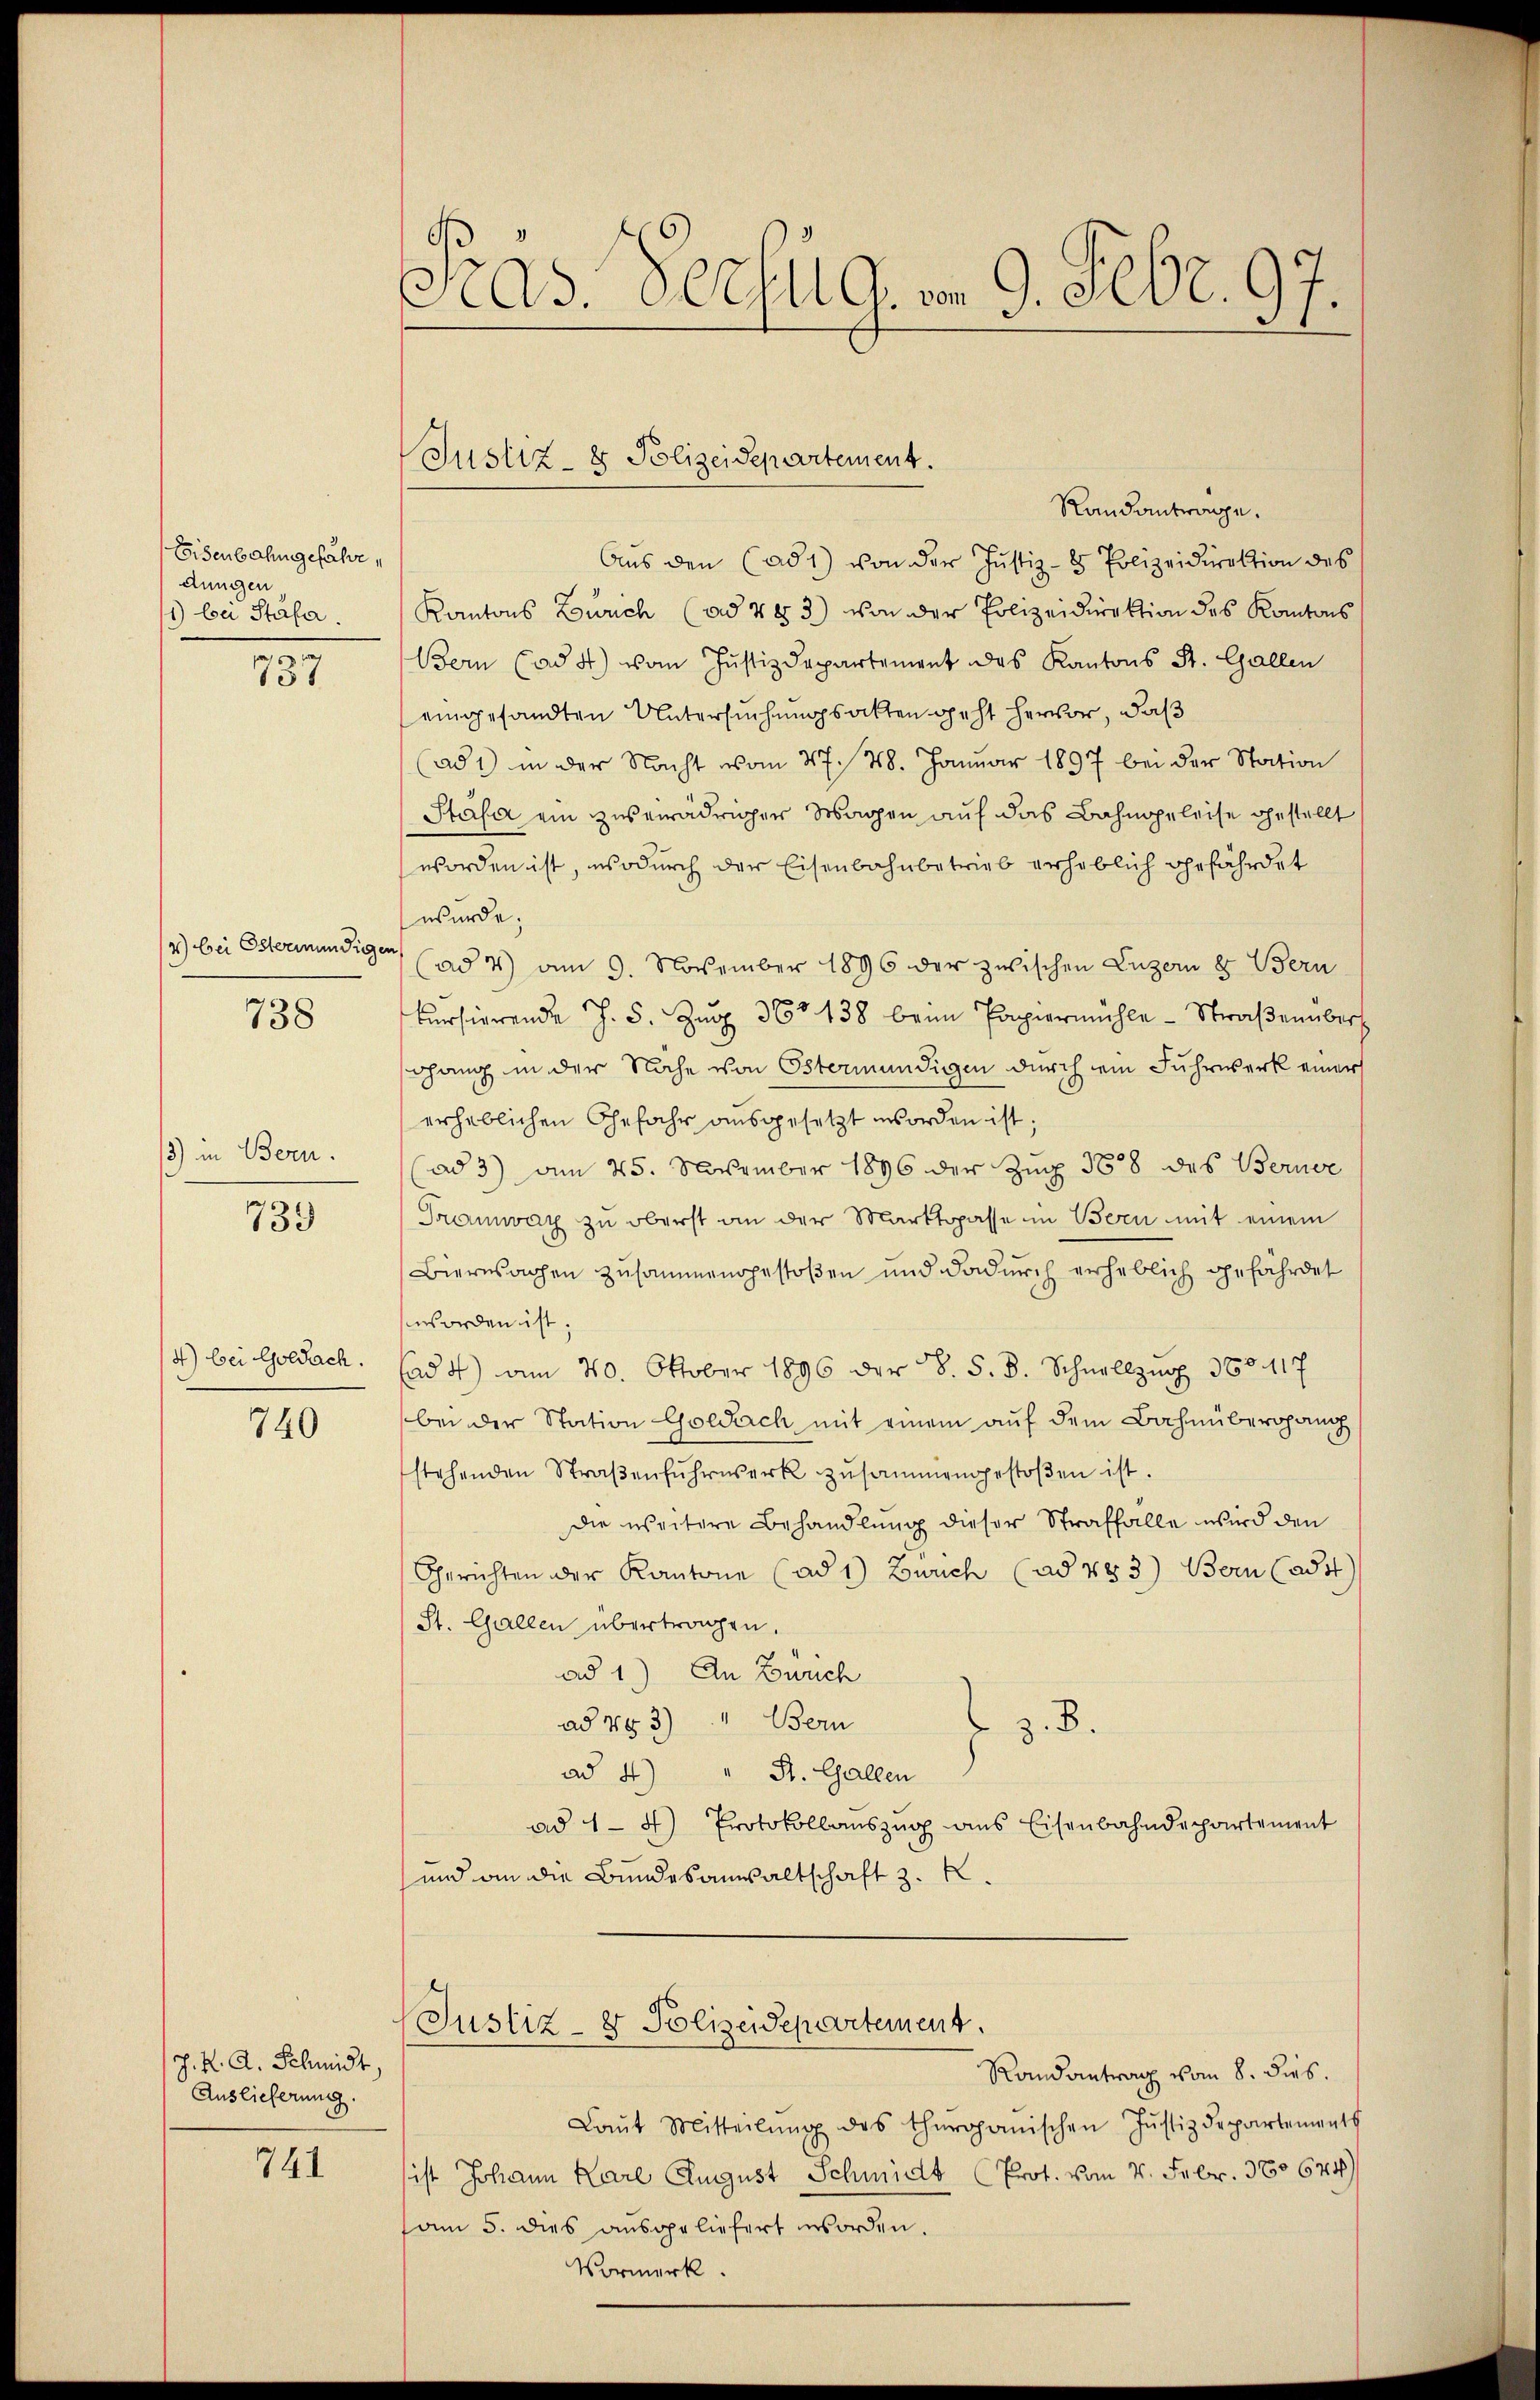
Eisenbahngefährdungen
1) bei Stäfa.

o
151

4) bei Osterimundigen

738

13) in Bern.

739

4) bei Goldach.

740

J. K. A. Schmidt,
Auslieferung.

741

Pras. Vorzug, am 9. Febr. 97.

Justiz- & Polizeidepartement.

Randantrage.
Aus den (ad 1) von der Justiz- & Polizeidirektion des
Kantons Zürich (ad 783) von der Polizeidirektion des Kantons
Bern (ad 4) vom Justizdepartement des Kantons St. Gallen
eingesandten Untersuchungsalten geht hervor, daß
(ad 1) in der Nacht vom 27. 48. Januar 1897 bei der Station
Stasa ein zuerädriger Wagen auf das Bahngeleise gestellt
worden ist, wodurch der Eisenbahnbetrieb erheblich gefährdet
wurde;
(ad 4) am 9. November 1896 der zwischen Luzern & Bern
bersierende J. 5. Zŭg 360 438 beim Papiermühle - Straβenübers
dhang in der Nähe von Östermündigen durch ein Fuhrwerk einer
erheblichen Gefahr ausgesetzt worden ist.
(ad 3) am 25. November 1896 der Zug 388 des Berner
Tramway zu oberst an der Marktgasse in Bern mit einem
Bierwachen zusammengestoßen und dadurch erheblich gefährdet
worden ist;
ad 4) am 20. Oktober 1896 der B. S. B. Schnellzug 360. 117
bei der Station Goldach mit einem auf dem Bahnübergang
stehenden Straβenfŭhrwerk zusammengestoβen ist.
Die weitere Behandlung dieser Straffalle wird den
Gerichten der Kantone (ad 1) Bauch (ad 483) Bern (adt
St. Gallen übertragen.
ad 1.) An Zürich
ad 453) Bern
 z. B.
ad 4.) " St. Gallen
ad 1 - 4) Protokollauszug aus Eisenbahndepartement
und an die Bundesanwaltschaft z. K.
Justiz- & Polizeidepartement.
Randantrag vom 8. dies
Laŭt Mitteilŭng des thurganischen Jŭstizdepartements
ist Johann Karl August Schmidt (Prot. vom 4. Febr. 360. 674)
sam 5. dies ausgeliefert worden.

.